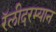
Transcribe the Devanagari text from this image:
रॅलीदरम्यान